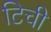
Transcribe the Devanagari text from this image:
टिची